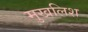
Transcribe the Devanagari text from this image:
मुखलिश